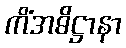
ကိံအဓိဋ္ဌာနာ